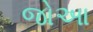
જોઆ